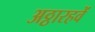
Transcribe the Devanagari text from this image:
अठ्ठारहवें